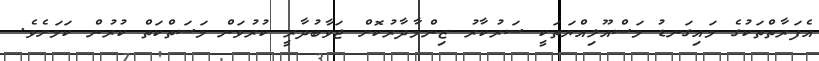
އެފަރާތްތަކުގެ މައިގަނޑު މަސްއޫލިއްޔަތަކީ ސަރުކާރު ޒިންމާދާރުކޮށް ޖަވާބުދާރީ ކުރުވަން މަސަތްކަތް ކުރުން ކަމަށެވެ.